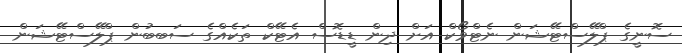
ސޮނީގެ ޕްލޭސްޓޭޝަން ނެޓްވޯކް އަށް ދިން ޑީޑޮސް އެޓޭކް ތަކެއްގެ ސަބބުން ޕްލޭސްޓޭޝަން